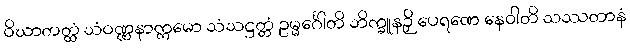
ဝိဃာတတ္ထံ သံဝဏ္ဏနာက္ကမော သံသဋ္ဌတ္တံ ဥမ္မင်္ဂေါတိ ဘိက္ခူနဉှိ ပေရဏေ နေဝါတိ သဿတာနံ